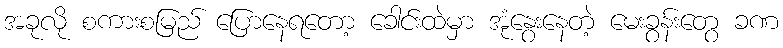
အခုလို စကားစမြည် ပြောနေရတော့ ခေါင်းထဲမှာ အုံနွေးနေတဲ့ မေးခွန်းတွေ ခဏ